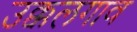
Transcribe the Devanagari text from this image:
उक्कलगाव